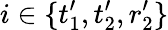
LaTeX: i\in\{ t_{1}^{\prime},t_{2}^{\prime},r_{2}^{\prime}\}